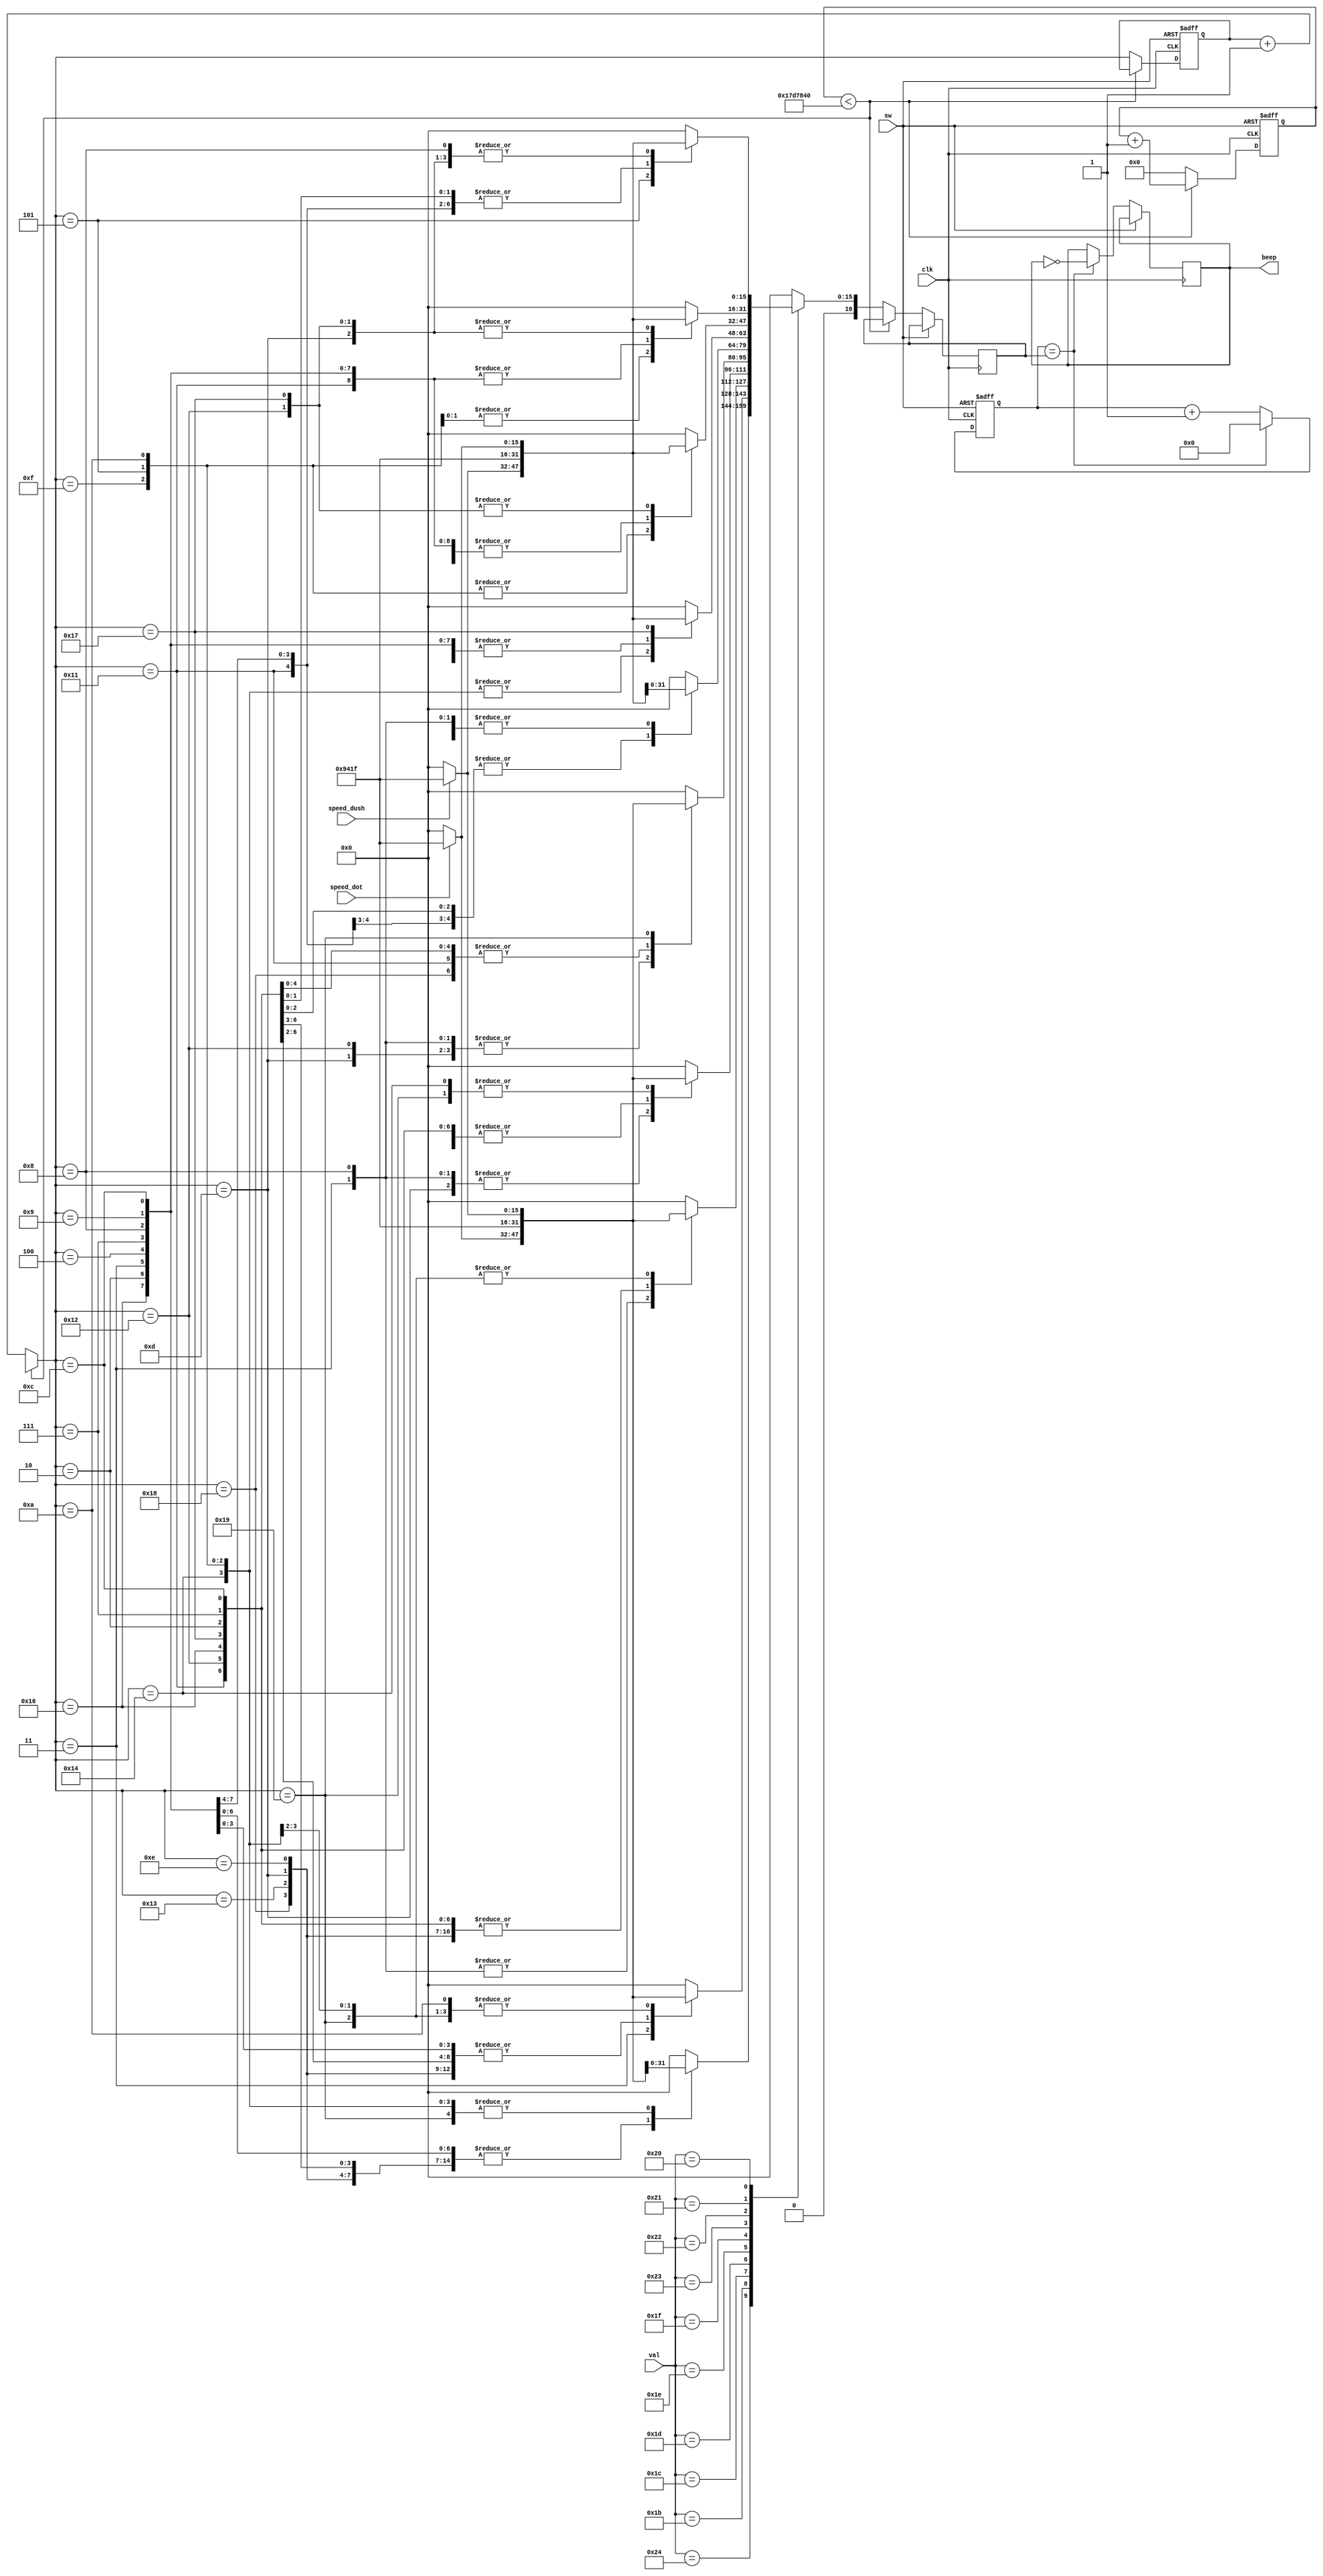
module  beep_encoder(clk,speed_dot,speed_dush,sw,val,beep); //song     
input      clk;                 //100MHz
input      speed_dot;           //
input      speed_dush;          //
input      sw;                  //
input [5:0]val;
output  beep;                   //

reg     beep_r;             //
reg[4:0] state;             //
reg[16:0]count,count_end;
reg[24:0]count1;

parameter   M_3 = 17'd37919;    //3
parameter   TIME = 25000000;    //(250ms)   

assign beep = beep_r;           //

always@(posedge clk or posedge sw) begin
    if (sw) begin
       count <= 17'h0;
    end
    else begin
      count <= count + 1'b1;      //1
      if(count == count_end) begin   
          count <= 17'h0;         //
          beep_r <= !beep_r;      //
      end
    end
end

always @(posedge clk or posedge sw) begin
   if (sw) begin
      count1 <= 24'd0;
      state = 8'd0;  
   end
   else begin
      if(count1 < TIME)             //250mS
         count1 = count1 + 1'b1;
      else begin
         count1 = 24'd0;
         if(state == 8'd63)
            state = 8'd0;
         else
            state = state + 1'b1;
       case(val)
      6 'b100100:begin
         case (state)
            8'd0: count_end = 17'h0;
            8'd1: count_end = 17'h0;
            8'd2: count_end = M_3;  
            8'D3: count_end = M_3;  
            8'd4: count_end = M_3;
            8'd5: count_end = speed_dush?M_3:17'h0;
            8'd6: count_end = 17'h0;
            8'd7: count_end = M_3;  
            8'D8: count_end = M_3;  
            8'd9: count_end = M_3;
            8'd10:count_end = speed_dush?M_3:17'h0;
            8'd11:count_end = 17'h0;    
            8'd12:count_end = M_3;  
            8'D13:count_end = M_3;  
            8'd14:count_end = M_3;
            8'd15:count_end = speed_dush?M_3:17'h0;
            8'd16:count_end = 17'h0;
            8'd17:count_end = M_3;  
            8'D18:count_end = M_3;  
            8'd19:count_end = M_3;
            8'd20:count_end = speed_dush?M_3:17'h0;
            8'd21:count_end = 17'h0;
            8'd22:count_end = M_3;  
            8'D23:count_end = M_3;
            8'd24:count_end = M_3;
            8'd25:count_end = speed_dush?M_3:17'h0;
            8'd26:count_end = 17'h0;
            default: count_end = 17'h0;
         endcase
      end

      6'b011011:begin
         case (state)
            8'd0: count_end = 17'h0;
            8'd1: count_end = 17'h0;
            8'd2: count_end = M_3;  
            8'D3: count_end = speed_dot?M_3:17'h0;  
            8'd4: count_end = 17'h0;
            8'd5: count_end = 17'h0;
            8'd6: count_end = 17'h0;
            8'd7: count_end = M_3;  
            8'D8: count_end = M_3;  
            8'd9: count_end = M_3;
            8'd10:count_end = speed_dush?M_3:17'h0;
            8'd11:count_end = 17'h0;    
            8'd12:count_end = M_3;  
            8'D13:count_end = M_3;  
            8'd14:count_end = M_3;
            8'd15:count_end = speed_dush?M_3:17'h0;
            8'd16:count_end = 17'h0;
            8'd17:count_end = M_3;  
            8'D18:count_end = M_3;  
            8'd19:count_end = M_3;
            8'd20:count_end = speed_dush?M_3:17'h0;
            8'd21:count_end = 17'h0;
            8'd22:count_end = M_3;  
            8'D23:count_end = M_3;
            8'd24:count_end = M_3;
            8'd25:count_end = speed_dush?M_3:17'h0;
            8'd26:count_end = 17'h0;
            default: count_end = 17'h0;
         endcase
      end

      6'b011100:begin
         case (state)
            8'd0: count_end = 17'h0;
            8'd1: count_end = 17'h0;
            8'd2: count_end = M_3;  
            8'D3: count_end = speed_dot?M_3:17'h0;  
            8'd4: count_end = 17'h0;
            8'd5: count_end = 17'h0;
            8'd6: count_end = 17'h0;
            8'd7: count_end = M_3;  
            8'D8: count_end = speed_dot?M_3:17'h0;  
            8'd9: count_end = 17'h0;
            8'd10:count_end = 17'h0;
            8'd11:count_end = 17'h0;    
            8'd12:count_end = M_3;  
            8'D13:count_end = M_3;  
            8'd14:count_end = M_3;
            8'd15:count_end = speed_dush?M_3:17'h0;
            8'd16:count_end = 17'h0;
            8'd17:count_end = M_3;  
            8'D18:count_end = M_3;  
            8'd19:count_end = M_3;
            8'd20:count_end = speed_dush?M_3:17'h0;
            8'd21:count_end = 17'h0;
            8'd22:count_end = M_3;  
            8'D23:count_end = M_3;
            8'd24:count_end = M_3;
            8'd25:count_end = speed_dush?M_3:17'h0;
            8'd26:count_end = 17'h0;
            default: count_end = 17'h0;
         endcase
      end

      6'b011101:begin
         case (state)
            8'd0: count_end = 17'h0;
            8'd1: count_end = 17'h0;
            8'd2: count_end = M_3;  
            8'D3: count_end = speed_dot?M_3:17'h0;  
            8'd4: count_end = 17'h0;
            8'd5: count_end = 17'h0;
            8'd6: count_end = 17'h0;
            8'd7: count_end = M_3;  
            8'D8: count_end = speed_dot?M_3:17'h0;  
            8'd9: count_end = 17'h0;
            8'd10:count_end = 17'h0;
            8'd11:count_end = 17'h0;    
            8'd12:count_end = M_3;  
            8'D13:count_end = speed_dot?M_3:17'h0;  
            8'd14:count_end = 17'h0;
            8'd15:count_end = 17'h0;
            8'd16:count_end = 17'h0;
            8'd17:count_end = M_3;  
            8'D18:count_end = M_3;  
            8'd19:count_end = M_3;
            8'd20:count_end = speed_dush?M_3:17'h0;
            8'd21:count_end = 17'h0;
            8'd22:count_end = M_3;  
            8'D23:count_end = M_3;
            8'd24:count_end = M_3;
            8'd25:count_end = speed_dush?M_3:17'h0;
            8'd26:count_end = 17'h0;
            default: count_end = 17'h0;
         endcase
      end

      6'b011110:begin
         case (state)
            8'd0: count_end = 17'h0;
            8'd1: count_end = 17'h0;
            8'd2: count_end = M_3;  
            8'D3: count_end = speed_dot?M_3:17'h0;  
            8'd4: count_end = 17'h0;
            8'd5: count_end = 17'h0;
            8'd6: count_end = 17'h0;
            8'd7: count_end = M_3;  
            8'D8: count_end = speed_dot?M_3:17'h0;  
            8'd9: count_end = 17'h0;
            8'd10:count_end = 17'h0;
            8'd11:count_end = 17'h0;    
            8'd12:count_end = M_3;  
            8'D13:count_end = speed_dot?M_3:17'h0;  
            8'd14:count_end = 17'h0;
            8'd15:count_end = 17'h0;
            8'd16:count_end = 17'h0;
            8'd17:count_end = M_3;  
            8'D18:count_end = speed_dot?M_3:17'h0;  
            8'd19:count_end = 17'h0;
            8'd20:count_end = 17'h0;
            8'd21:count_end = 17'h0;
            8'd22:count_end = M_3;  
            8'D23:count_end = M_3;
            8'd24:count_end = M_3;
            8'd25:count_end = speed_dush?M_3:17'h0;
            8'd26:count_end = 17'h0;
            default: count_end = 17'h0;
         endcase
      end

      6'b011111:begin
         case (state)
            8'd0: count_end = 17'h0;
            8'd1: count_end = 17'h0;
            8'd2: count_end = M_3;  
            8'D3: count_end = speed_dot?M_3:17'h0;  
            8'd4: count_end = 17'h0;
            8'd5: count_end = 17'h0;
            8'd6: count_end = 17'h0;
            8'd7: count_end = M_3;  
            8'D8: count_end = speed_dot?M_3:17'h0;  
            8'd9: count_end = 17'h0;
            8'd10:count_end = 17'h0;
            8'd11:count_end = 17'h0;    
            8'd12:count_end = M_3;  
            8'D13:count_end = speed_dot?M_3:17'h0;  
            8'd14:count_end = 17'h0;
            8'd15:count_end = 17'h0;
            8'd16:count_end = 17'h0;
            8'd17:count_end = M_3;  
            8'D18:count_end = speed_dot?M_3:17'h0;  
            8'd19:count_end = 17'h0;
            8'd20:count_end = 17'h0;
            8'd21:count_end = 17'h0;
            8'd22:count_end = M_3;  
            8'D23:count_end = speed_dot?M_3:17'h0;
            8'd24:count_end = 17'h0;
            8'd25:count_end = 17'h0;
            8'd26:count_end = 17'h0;
            default: count_end = 17'h0;
         endcase
      end

      6'b100011:begin
         case (state)
            8'd0: count_end = 17'h0;
            8'd1: count_end = 17'h0;
            8'd2: count_end = M_3;  
            8'D3: count_end = M_3;  
            8'd4: count_end = M_3;
            8'd5: count_end = speed_dush?M_3:17'h0;
            8'd6: count_end = 17'h0;
            8'd7: count_end = M_3;  
            8'D8: count_end = M_3;  
            8'd9: count_end = M_3;
            8'd10:count_end = speed_dush?M_3:17'h0;
            8'd11:count_end = 17'h0;    
            8'd12:count_end = M_3;  
            8'D13:count_end = M_3;  
            8'd14:count_end = M_3;
            8'd15:count_end = speed_dush?M_3:17'h0;
            8'd16:count_end = 17'h0;
            8'd17:count_end = M_3;  
            8'D18:count_end = M_3;  
            8'd19:count_end = M_3;
            8'd20:count_end = speed_dush?M_3:17'h0;
            8'd21:count_end = 17'h0;
            8'd22:count_end = M_3;  
            8'D23:count_end = speed_dot?M_3:17'h0;
            8'd24:count_end = 17'h0;
            8'd25:count_end = 17'h0;
            8'd26:count_end = 17'h0;
            default: count_end = 17'h0;
         endcase
      end

      6'b100010:begin
         case (state)
            8'd0: count_end = 17'h0;
            8'd1: count_end = 17'h0;
            8'd2: count_end = M_3;  
            8'D3: count_end = M_3;  
            8'd4: count_end = M_3;
            8'd5: count_end = speed_dush?M_3:17'h0;
            8'd6: count_end = 17'h0;
            8'd7: count_end = M_3;  
            8'D8: count_end = M_3;  
            8'd9: count_end = M_3;
            8'd10:count_end = speed_dush?M_3:17'h0;
            8'd11:count_end = 17'h0;    
            8'd12:count_end = M_3;  
            8'D13:count_end = M_3;  
            8'd14:count_end = M_3;
            8'd15:count_end = speed_dush?M_3:17'h0;
            8'd16:count_end = 17'h0;
            8'd17:count_end = M_3;  
            8'D18:count_end = speed_dot?M_3:17'h0;  
            8'd19:count_end = 17'h0;
            8'd20:count_end = 17'h0;
            8'd21:count_end = 17'h0;
            8'd22:count_end = M_3;  
            8'D23:count_end = speed_dot?M_3:17'h0;
            8'd24:count_end = 17'h0;
            8'd25:count_end = 17'h0;
            8'd26:count_end = 17'h0;
            default: count_end = 17'h0;
         endcase
      end

      6'b100001:begin
         case (state)
            8'd0: count_end = 17'h0;
            8'd1: count_end = 17'h0;
            8'd2: count_end = M_3;  
            8'D3: count_end = M_3;  
            8'd4: count_end = M_3;
            8'd5: count_end = speed_dush?M_3:17'h0;
            8'd6: count_end = 17'h0;
            8'd7: count_end = M_3;  
            8'D8: count_end = M_3;  
            8'd9: count_end = M_3;
            8'd10:count_end = speed_dush?M_3:17'h0;
            8'd11:count_end = 17'h0;    
            8'd12:count_end = M_3;  
            8'D13:count_end = speed_dot?M_3:17'h0;  
            8'd14:count_end = 17'h0;
            8'd15:count_end = 17'h0;
            8'd16:count_end = 17'h0;
            8'd17:count_end = M_3;  
            8'D18:count_end = speed_dot?M_3:17'h0;  
            8'd19:count_end = 17'h0;
            8'd20:count_end = 17'h0;
            8'd21:count_end = 17'h0;
            8'd22:count_end = M_3;  
            8'D23:count_end = speed_dot?M_3:17'h0;
            8'd24:count_end = 17'h0;
            8'd25:count_end = 17'h0;
            8'd26:count_end = 17'h0;
            default: count_end = 17'h0;
         endcase
      end

      6'b100000:begin
         case (state)
            8'd0: count_end = 17'h0;
            8'd1: count_end = 17'h0;
            8'd2: count_end = M_3;  
            8'D3: count_end = M_3;  
            8'd4: count_end = M_3;
            8'd5: count_end = speed_dush?M_3:17'h0;
            8'd6: count_end = 17'h0;
            8'd7: count_end = M_3;  
            8'D8: count_end = speed_dot?M_3:17'h0;  
            8'd9: count_end = 17'h0;
            8'd10:count_end = 17'h0;
            8'd11:count_end = 17'h0;    
            8'd12:count_end = M_3;  
            8'D13:count_end = speed_dot?M_3:17'h0;  
            8'd14:count_end = 17'h0;
            8'd15:count_end = 17'h0;
            8'd16:count_end = 17'h0;
            8'd17:count_end = M_3;  
            8'D18:count_end = speed_dot?M_3:17'h0;  
            8'd19:count_end = 17'h0;
            8'd20:count_end = 17'h0;
            8'd21:count_end = 17'h0;
            8'd22:count_end = M_3;  
            8'D23:count_end = speed_dot?M_3:17'h0;
            8'd24:count_end = 17'h0;
            8'd25:count_end = 17'h0;
            8'd26:count_end = 17'h0;
            default: count_end = 17'h0;
         endcase
      end

      6'b011111:begin
         case (state)
            8'd0: count_end = 17'h0;
            8'd1: count_end = 17'h0;
            8'd2: count_end = M_3;  
            8'D3: count_end = speed_dot?M_3:17'h0;  
            8'd4: count_end = 17'h0;
            8'd5: count_end = 17'h0;
            8'd6: count_end = 17'h0;
            8'd7: count_end = M_3;  
            8'D8: count_end = speed_dot?M_3:17'h0;  
            8'd9: count_end = 17'h0;
            8'd10:count_end = 17'h0;
            8'd11:count_end = 17'h0;    
            8'd12:count_end = M_3;  
            8'D13:count_end = speed_dot?M_3:17'h0;  
            8'd14:count_end = 17'h0;
            8'd15:count_end = 17'h0;
            8'd16:count_end = 17'h0;
            8'd17:count_end = M_3;  
            8'D18:count_end = speed_dot?M_3:17'h0;  
            8'd19:count_end = 17'h0;
            8'd20:count_end = 17'h0;
            8'd21:count_end = 17'h0;
            8'd22:count_end = M_3;  
            8'D23:count_end = speed_dot?M_3:17'h0;
            8'd24:count_end = 17'h0;
            8'd25:count_end = 17'h0;
            8'd26:count_end = 17'h0;
            default: count_end = 17'h0;
         endcase
      end

      default: count_end = 17'h0;
      
      endcase
      end
   end
end
endmodule